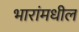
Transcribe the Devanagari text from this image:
भारांमधील